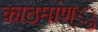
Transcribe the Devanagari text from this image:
काठमांण्ु